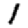
Digit: 1